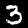
Label: 3